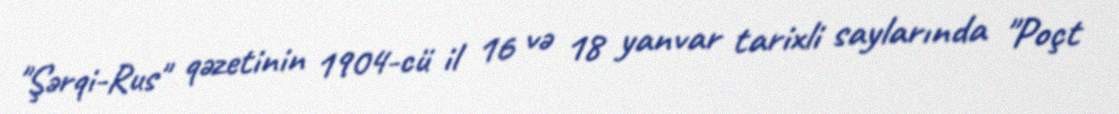
"Şərqi-Rus" qəzetinin 1904-cü il 16 və 18 yanvar tarixli saylarında "Poçt